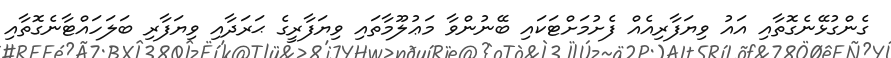
ގެންގުޅޭނެގޮތާއި އައު ވިޔަފާރިއެއް ފެށުމަށްޓަކައި ބޭނުންވާ މަޢުލޫމާތައި ވިޔަފާރީގެ ޙަރަދާއި ވިޔަފާރި ބަލަހައްޓާނެގޮތާއި